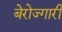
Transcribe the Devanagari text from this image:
बेरोज्गारी